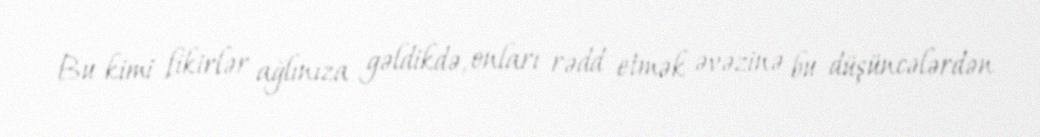
Bu kimi fikirlər ağlınıza gəldikdə, onları rədd etmək əvəzinə bu düşüncələrdən